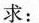
求：